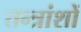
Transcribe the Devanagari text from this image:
तन्त्रांशों